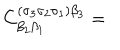
C _ { \beta _ { 2 } \beta _ { 1 } } ^ { ( \sigma _ { 3 } \sigma _ { 2 } \sigma _ { 1 } ) \beta _ { 3 } } =